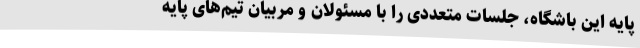
پایه این باشگاه، جلسات متعددی را با مسئولان و مربیان تیم‌های پایه